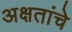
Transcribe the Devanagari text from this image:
अक्षतांचे